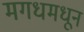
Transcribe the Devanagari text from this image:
मगधमधून